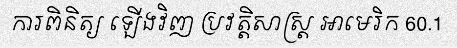
ការពិនិត្យ ឡើងវិញ ប្រវត្តិសាស្ត្រ អាមេរិក 60.1